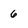
Character: 6